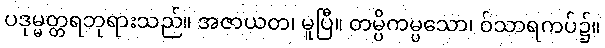
ပဒုမ္မတ္တရဘုရားသည်။ အဇာယတ၊ မူပြီ။ တမ္ပိကမ္ပသော၊ ဝ်သာရကပ်၌။